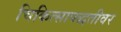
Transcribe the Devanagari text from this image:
चिकित्सापद्धतीवर